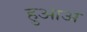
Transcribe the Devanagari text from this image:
हुआअ